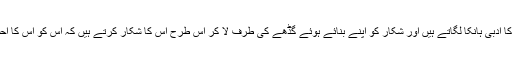
ادب کے ان شکاریوں کا یہ عجب حال ہے کہ وہ نئی نئی ترکیبیں اور اصطلاحات وضع کر کے ایک قسم کا ادبی ہانکا لگاتے ہیں اور شکار کو اپنے بنائے ہوئے گڈھے کی طرف لا کر اس طرح اس کا شکار کرتے ہیں کہ اس کو اس کا احساس بھی نہیں ہوتا کہ وہ شکاری کی زد پر ہے، وہ پہلے خوش فہمی کا شکار ہوتا ہے پھر قعر مذلت کا۔